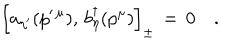
\left[ a _ { \eta ^ { \prime } } ( p ^ { \prime \, \mu } ) , \, b _ { \eta } ^ { \dagger } ( p ^ { \mu } ) \right] _ { \pm } \, = \, 0 \quad .